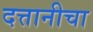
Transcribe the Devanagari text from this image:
दत्तानीचा